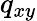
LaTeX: q_{xy}